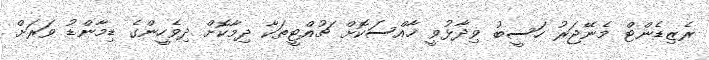
ރެޒިޑެންޓް މެނޭޖަރު ހަސީބު ވިދާޅުވީ ޚާއްސަކޮށް ޗުއްޓީތަކާ ދިމާކޮށް ދިވެހީންގެ ޑިމާންޑު ވަރަށް